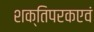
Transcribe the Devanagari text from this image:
शक्तिपरकएवं